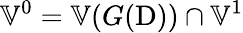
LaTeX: \mathbb{V}^{0}=\mathbb{V}(G(\mathrm{D}))\cap\mathbb{V}^{1}